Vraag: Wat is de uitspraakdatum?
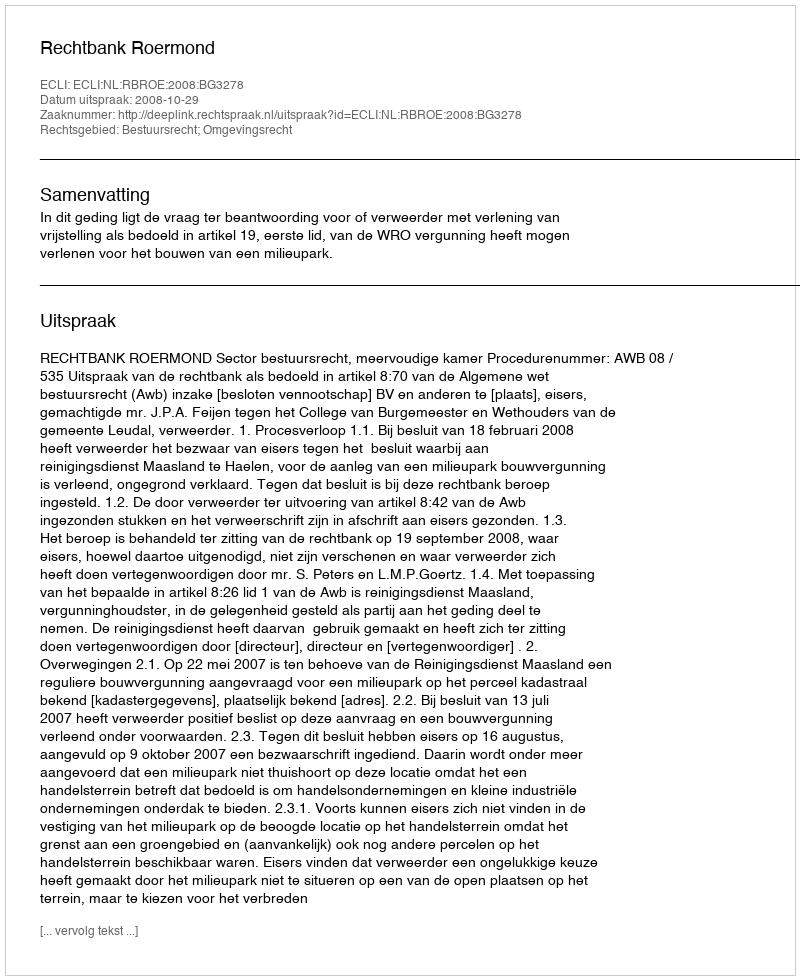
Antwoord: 2008-10-29